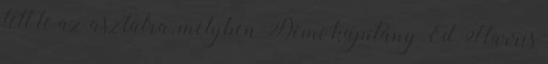
tett le az asztalra, melyben Demi kapitány Ed Harris